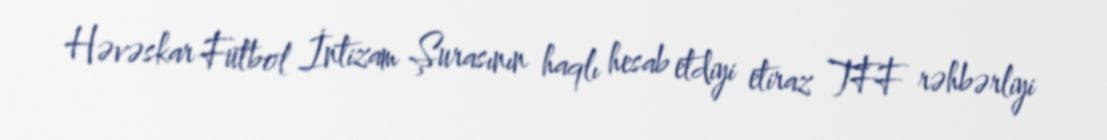
Həvəskar Futbol İntizam Şurasının haqlı hesab etdiyi etiraz TFF rəhbərliyi